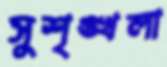
সুশৃঙ্খলা